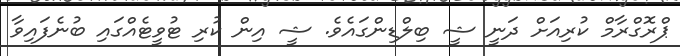
ޕްރޮގްރާމް ކުރިއަށް ދަނީ ޝީ ބިލްޑިންގައެވެ. ޝީ އިން ކުރި ޓުވީޓެއްގައި ބުނެފައިވާ